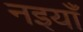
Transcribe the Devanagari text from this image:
नइयाँ